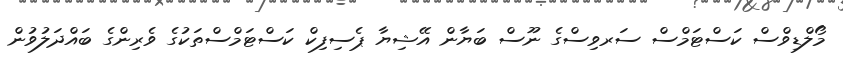
މޯލްޑިވްސް ކަސްޓަމްސް ސަރވިސްގެ ނޫސް ބަޔާން އޭޝިޔާ ޕެސިފިކް ކަސްޓަމްސްތަކުގެ ވެރިންގެ ބައްދަލުވުން